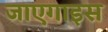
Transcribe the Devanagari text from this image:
जाएगाइस